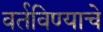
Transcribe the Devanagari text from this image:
वर्तविण्याचे